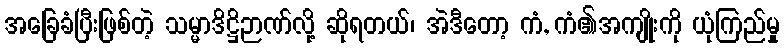
အခြေခံပြီးဖြစ်တဲ့ သမ္မာဒိဋ္ဌိဉာဏ်လို့ ဆိုရတယ်၊ အဲဒီတော့ ကံ, ကံ၏အကျိုးကို ယုံကြည်မှု